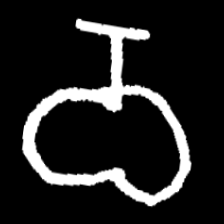
Pyu character \u2014 Myanmar letter: ဝ (romanized: wa)